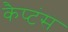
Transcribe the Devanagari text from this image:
कैप्‍टंस